Civil Veterinary Dept. North-West Frontier Province 1901-22 - 1901-1922
Year: 1901
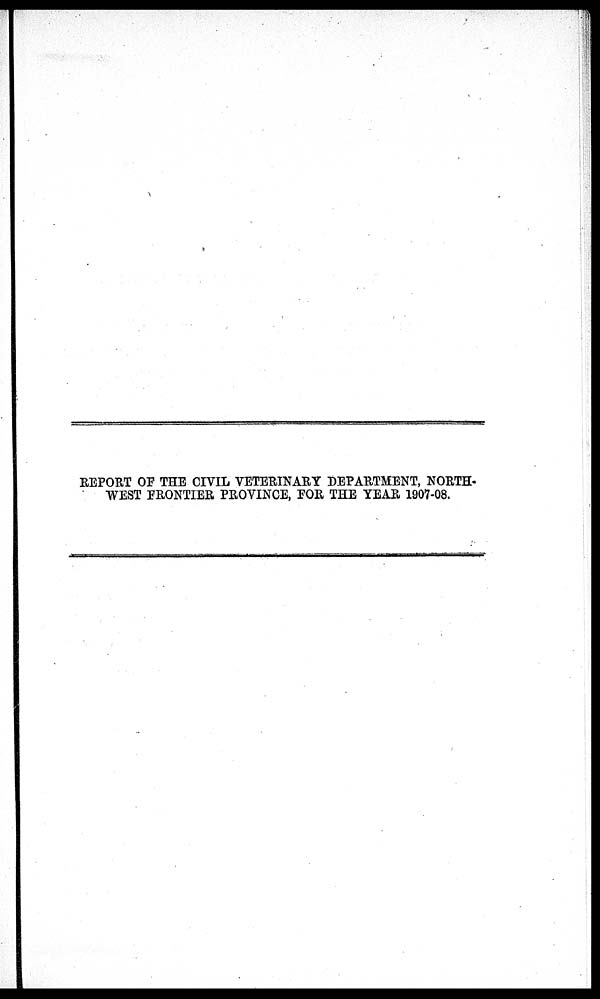
REPORT OF THE CIVIL VETERINARY DEPARTMENT, NORTH-
WEST FRONTIER PROVINCE, FOR THE YEAR 1907-08.